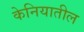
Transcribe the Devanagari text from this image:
केनियातील